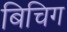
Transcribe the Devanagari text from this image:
बिचिग